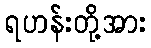
ရဟန်းတို့အား